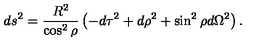
d s ^ { 2 } = \frac { R ^ { 2 } } { \cos ^ { 2 } { \rho } } \left( - d \tau ^ { 2 } + d \rho ^ { 2 } + \sin ^ { 2 } { \rho } d \Omega ^ { 2 } \right) .